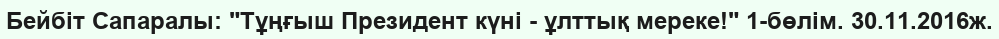
Бейбіт Сапаралы: "Тұңғыш Президент күні - ұлттық мереке!" 1-бөлім. 30.11.2016ж.